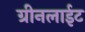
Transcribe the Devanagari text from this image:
ग्रीनलाईट